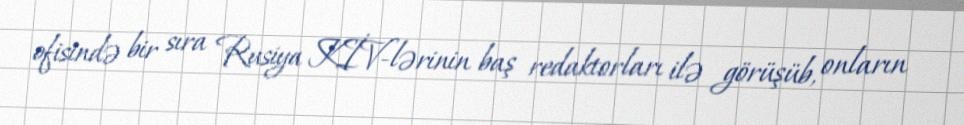
ofisində bir sıra Rusiya KİV-lərinin baş redaktorları ilə görüşüb, onların